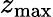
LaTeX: z_{\mathrm{max}}